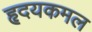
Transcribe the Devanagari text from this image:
हृदयकमल